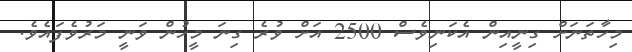
މިހާތަނަށް ގިނީއިން އެކަނިވެސް 2500 އަށް ވުރެ ގިނަ މީހުން ވަނީ މަރުވެފައެވެ.